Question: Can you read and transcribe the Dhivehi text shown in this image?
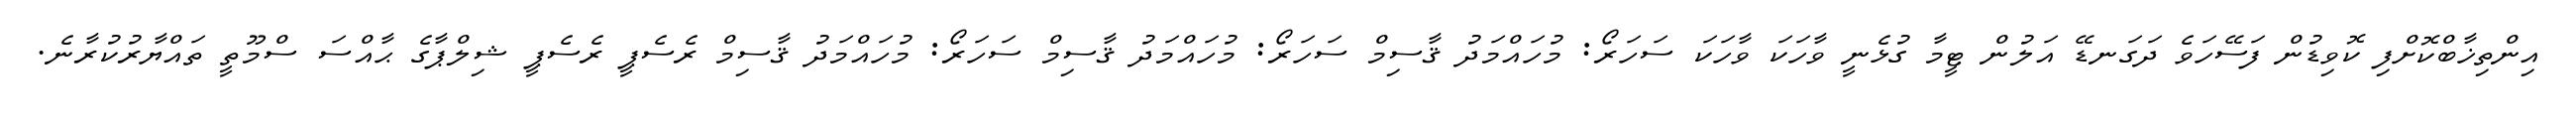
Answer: އިންތިޚާބްކޮށްފި ކޮވިޑުން ފަސޭހަވެ ދަގަނޑޭ އަލުން ޓީމާ ގުޅެނީ ވާހަކަ ވާހަކަ ސަހަރޯ: މުހައްމަދު ޤާސިމް ސަހަރޯ: މުހައްމަދު ޤާސިމް ސަހަރޯ: މުހައްމަދު ޤާސިމް ރެސެޕީ ރެސެޕީ ޝިލްޕާގެ ޙާއްސަ ސްމޫތީ ތައްޔާރުކުރާނެ.